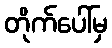
တိုက်ပေါ်မှ